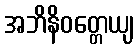
အဘိနိဝတ္တေယျ